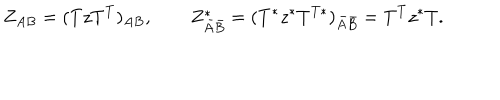
LaTeX: Z _ { A B } = ( T z T ^ { T } ) _ { A B } , \quad \quad Z _ { \bar { A } \bar { B } } ^ { * } = ( T ^ { * } z ^ { * } T ^ { T * } ) _ { \bar { A } \bar { B } } = T ^ { T } z ^ { * } T .